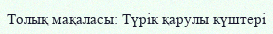
Толық мақаласы: Түрік қарулы күштері